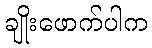
ချိုးဖောက်ပါက